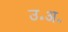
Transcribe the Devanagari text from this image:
उ॰अ॰